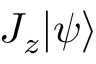
J _ { z } | \psi \rangle